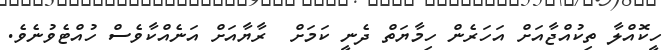
ހީކޮއްލާ ތިކުއްޖާއަށް އަހަރެން ހިމާޔަތް ދެނީ ކަމަށް  ރާޔާއަށް އަނެއްކާވެސް ހުއްޓެވުނެވެ.